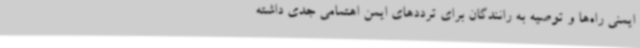
ایمنی راه‌ها و توصیه به رانندگان برای ترددهای ایمن اهتمامی جدی داشته